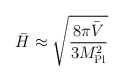
\begin{align*}\bar H \approx \sqrt{8\pi \bar V \over 3 M_{\rm Pl}^2}\end{align*}